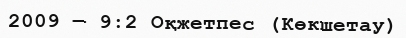
2009 — 9:2 Оқжетпес (Көкшетау)